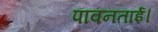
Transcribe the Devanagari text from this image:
पावनताई।